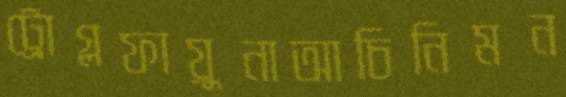
ট্রোগ্লফায়ুনাআচিনিমন